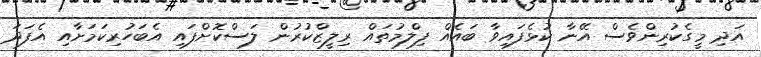
އަދި މީގެކުރިންވެސް އޭނާ ކުޅެފައިވާ ބައެއް ފިލްމުތައް ރިލީޒްކުރުން ލަސްކޮށްފައި އެބަހުރިކަމަށާއި އެފަދަ